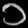
Digit: ၁